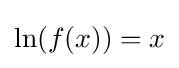
\ln(f(x))=x